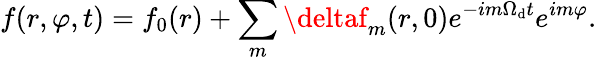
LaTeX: f(r,\varphi,t)=f_{0}(r)+\sum_{m}\deltaf_{m}(r,0)e^{-im\Omega_{\mathrm{d}}t}e^{im\varphi}.